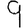
Digit: 9